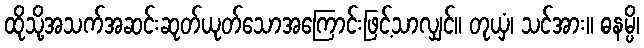
ထိုသို့အသက်အဆင်းဆုတ်ယုတ်သောအကြောင်းဖြင့်သာလျှင်။ တုယှံ၊ သင်အား။ ဓနမ္ပိ၊